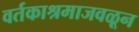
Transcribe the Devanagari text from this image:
वर्तकाश्रमाजवळून